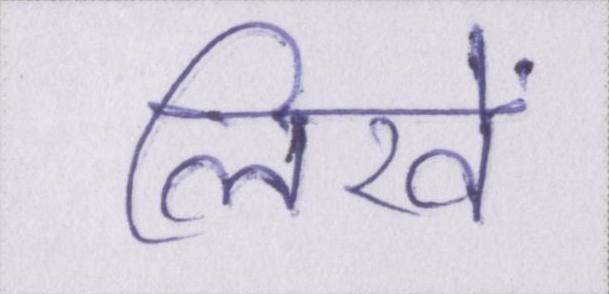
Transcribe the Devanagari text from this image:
लिखें